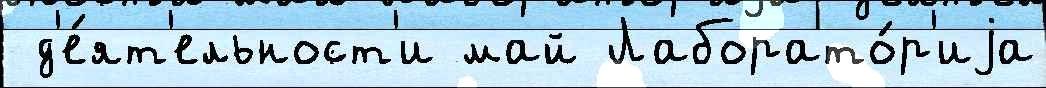
 д'е́ят'ельност'и май Лаборато́р'иjа